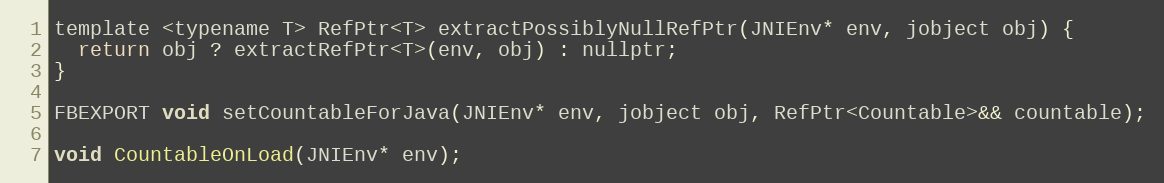
Language: C
template <typename T> RefPtr<T> extractPossiblyNullRefPtr(JNIEnv* env, jobject obj) {
  return obj ? extractRefPtr<T>(env, obj) : nullptr;
}

FBEXPORT void setCountableForJava(JNIEnv* env, jobject obj, RefPtr<Countable>&& countable);

void CountableOnLoad(JNIEnv* env);